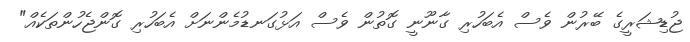
ޖުޑިޝަރީގެ ބޭރުން ވެސް އެބަހުރި ގާނޫނީ ގޮތުން ވެސް އަޅުގަނޑުމެންނަށް އެބަހުރި ގޮންޖެހުންތަކެއް"